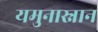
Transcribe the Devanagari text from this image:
यमुनास्नान